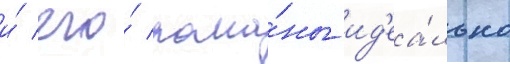
и́ его́ рома́ны ид'еа́льно